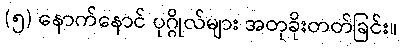
(၅) နောက်နောင် ပုဂ္ဂိုလ်များ အတုခိုးတတ်ခြင်း။